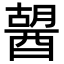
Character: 𨡷